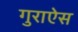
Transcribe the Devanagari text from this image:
गुराऐस